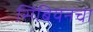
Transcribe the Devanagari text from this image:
सिंबियनचा